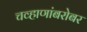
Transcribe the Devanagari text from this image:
चव्हाणांबरोबर